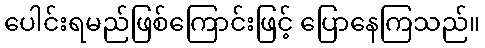
ပေါင်းရမည်ဖြစ်ကြောင်းဖြင့် ပြောနေကြသည်။